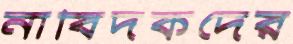
নাবিদকদের